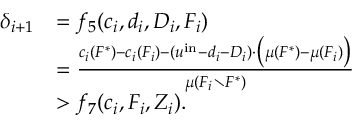
\begin{array} { r l } { \delta _ { i + 1 } } & { = f _ { 5 } ( c _ { i } , d _ { i } , D _ { i } , F _ { i } ) } \\ { } & { = \frac { c _ { i } ( F ^ { * } ) - c _ { i } ( F _ { i } ) - ( u ^ { \mathrm { i n } } - d _ { i } - D _ { i } ) \cdot \big ( \mu ( F ^ { * } ) - \mu ( F _ { i } ) \big ) } { \mu ( F _ { i } \setminus F ^ { * } ) } } \\ { } & { > f _ { 7 } ( c _ { i } , F _ { i } , Z _ { i } ) . } \end{array}